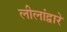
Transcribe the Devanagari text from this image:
लीलांद्वारे